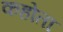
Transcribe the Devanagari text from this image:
कहोता